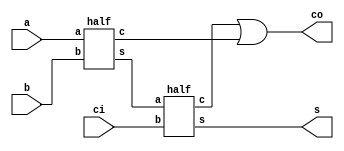
module full_add_df (s, co, a, b, ci);

input a, b, ci;
output s, co;

wire t,k;

half v1(t, c, a, b);
half v2(s, k, t, ci);
or (co, k, c);

endmodule

module half(s, c, a, b);

input a, b;
output s, c;

assign s = a^b;
assign c = a&b;

endmodule